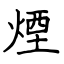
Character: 煙